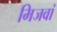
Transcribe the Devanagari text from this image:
मिजवां